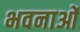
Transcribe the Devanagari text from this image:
भवनाओं